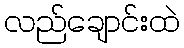
လည်ချောင်းထဲ